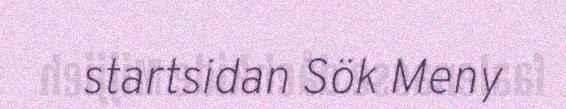
startsidan Sök Meny